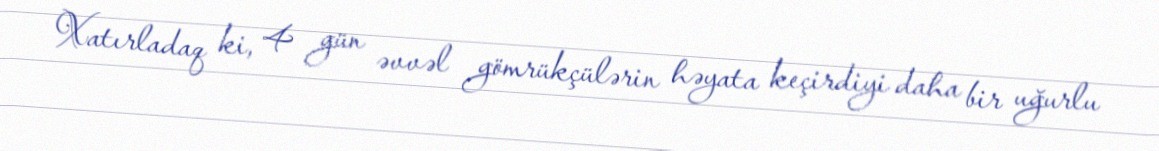
Xatırladaq ki, 4 gün əvvəl gömrükçülərin həyata keçirdiyi daha bir uğurlu